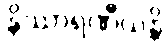
နိဿာရဏီယန္တိ